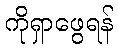
ကိုရှာဖွေရန်